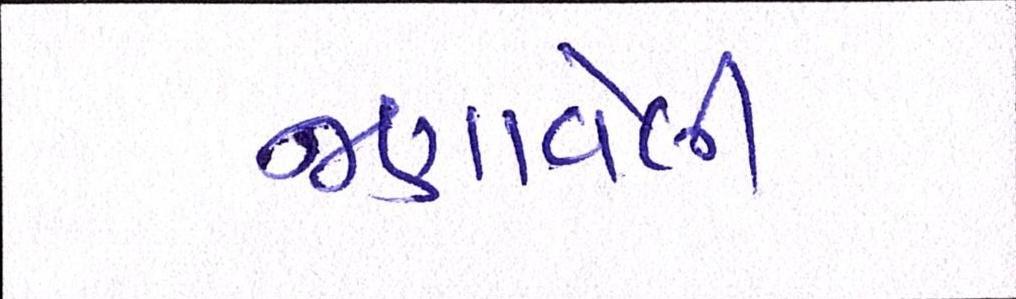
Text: જણાવેલી